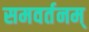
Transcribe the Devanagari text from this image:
समवर्तनम्